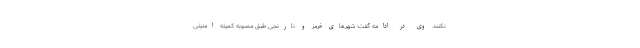
نکنند. وی در ادامه گفت: شهرهای قرمز و نارنجی طبق مصوبه کمیته امنیتی